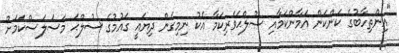
"އިންތިހާބުގެ ކަންކަން އަމާންކަމާއި ސުލްޙަވެރިކަމާ އެކު ނިމިގެން ދިޔައީ ގައުމުގެ ސުލްޙަ މަސަލަސްކަމަށް